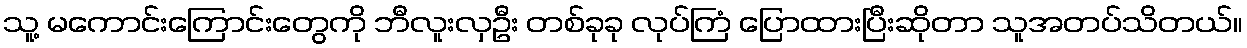
သူ့ မကောင်းကြောင်းတွေကို ဘီလူးလှဦး တစ်ခုခု လုပ်ကြံ ပြောထားပြီးဆိုတာ သူအတပ်သိတယ်။